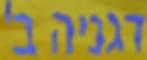
דגניה ב'